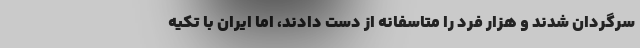
سرگردان شدند و هزار فرد را متاسفانه از دست دادند، اما ایران با تکیه